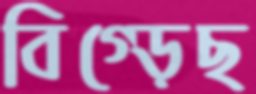
বিগ্‌ড়েছ